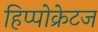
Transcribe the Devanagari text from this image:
हिप्पोक्रेटज